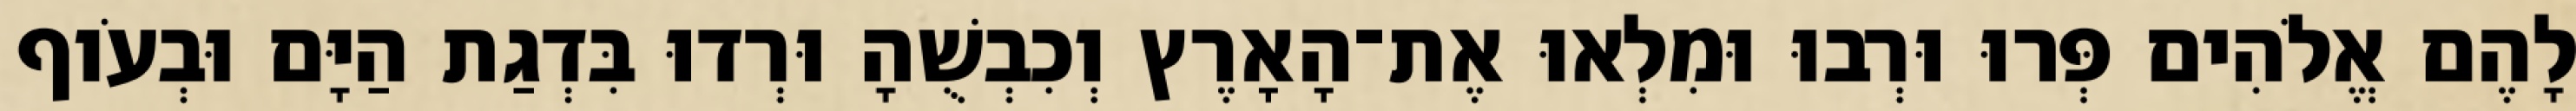
לָהֶם אֱלֹהִים פְּרוּ וּרְבוּ וּמִלְאוּ אֶת־הָאָרֶץ וְכִבְשֻׁהָ וּרְדוּ בִּדְגַת הַיָּם וּבְעֹוף